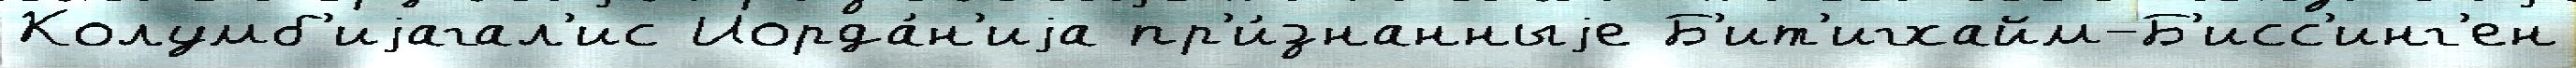
Колумб'иjагал'ис Иорда́н'иjа пр'и́знанныjе Б'ит'игхайм-Б'исс'инг'ен